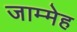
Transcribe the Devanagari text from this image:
जाम्मेह